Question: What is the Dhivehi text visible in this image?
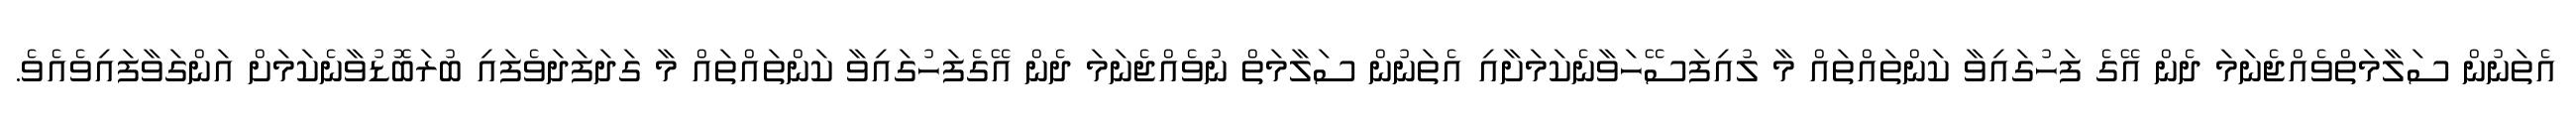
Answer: އެތަނުން ސަލާމަތްވެއްޖެނަމަ ދެން އޭގެ ފަހުގައިވާ ކަންތައްތައް މާ ލުއިފަސޭހަވާނެކަމަށާއި އެތަނުން ސަލާމަތް ނުވެއްޖެނަމަ ދެން އޭގެފަހުގައިވާ ކަންތައްތައް މާ ގަދަފަދަވެފައި ބުރަބޮޑުވާނެކަމަށް އަންގަވާފައިވެއެވެ.